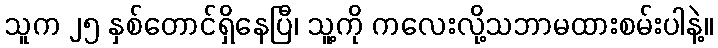
သူက ၂၅ နှစ်တောင်ရှိနေပြီ၊ သူ့ကို ကလေးလို့သဘာမထားစမ်းပါနဲ့။